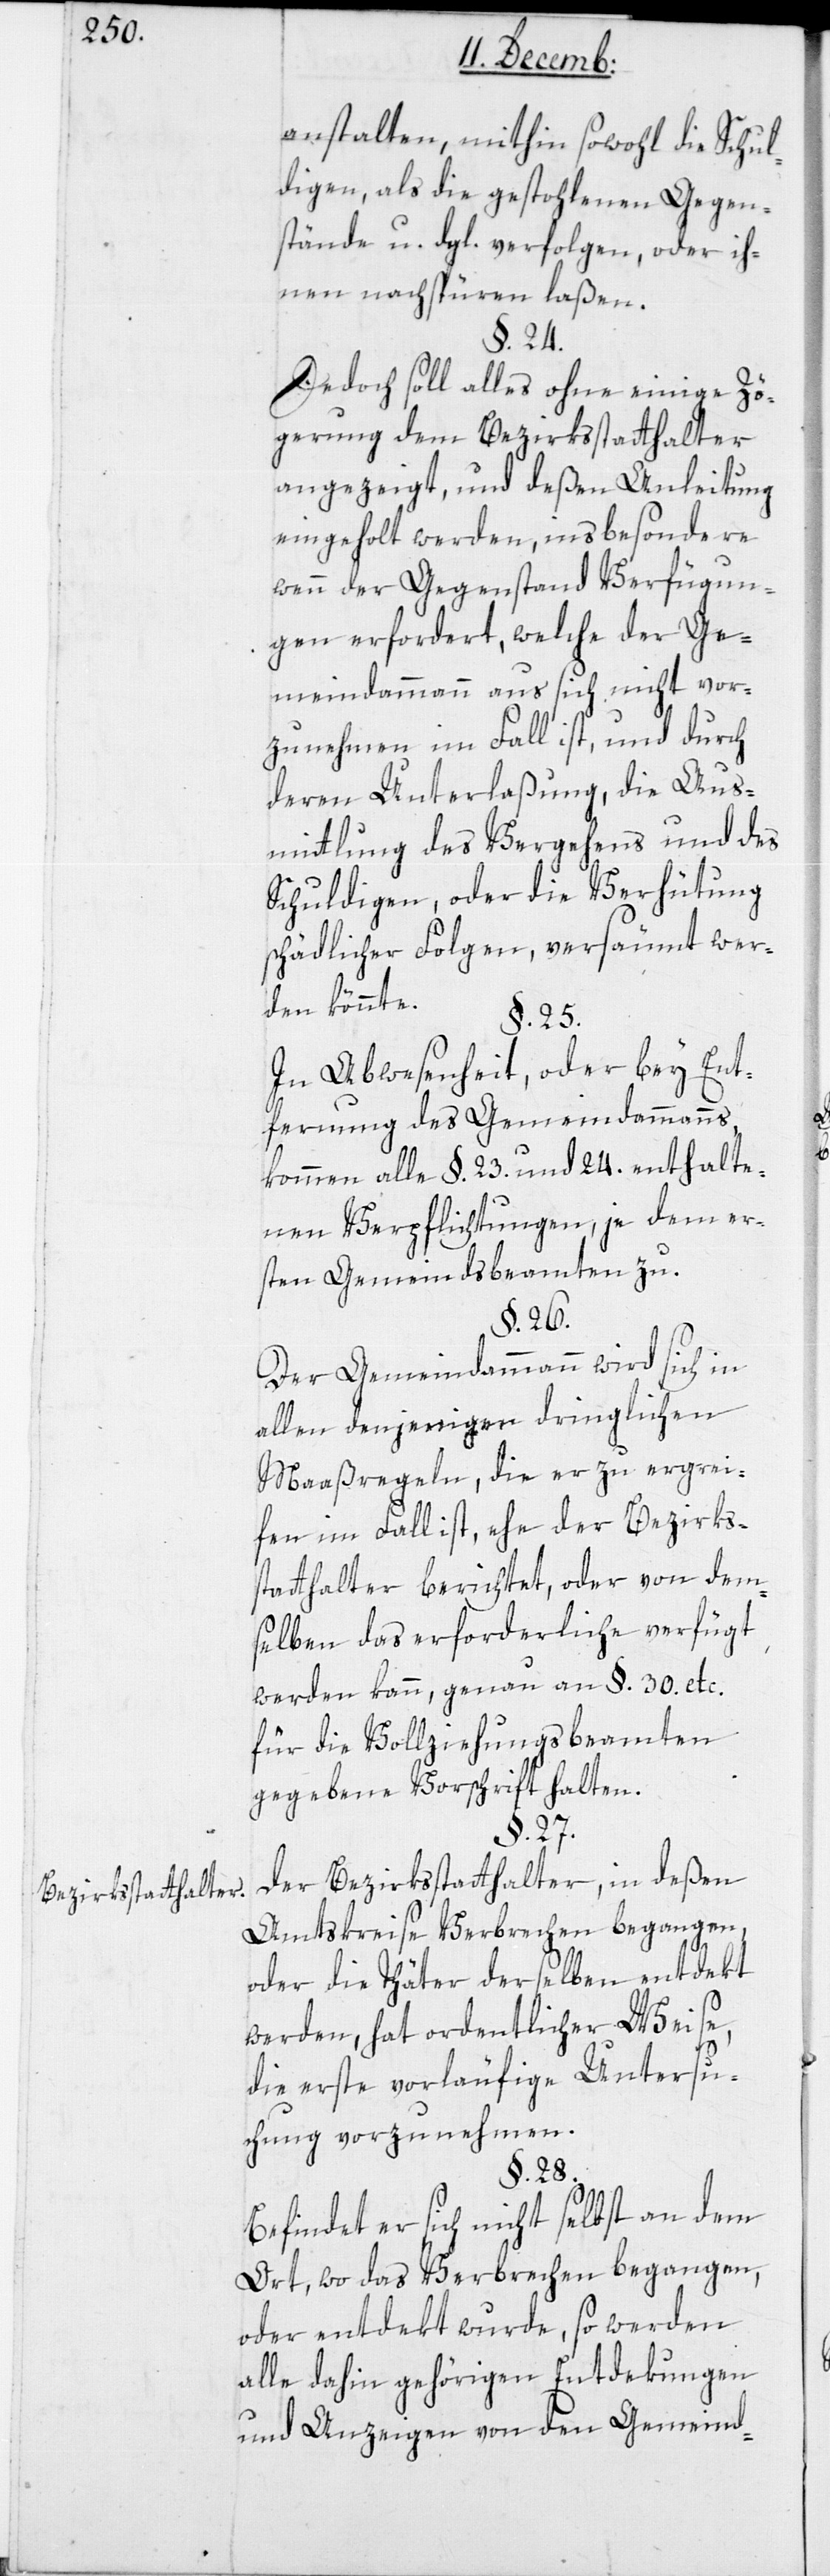
Bezirksstatthalter.

anstalten, mithin sowohl die Schul¬
digen, als die gestohlenen Gegen¬
stände u. dgl. verfolgen, oder ih¬
nen nachspüren laßen.
§. 24.
Jedoch soll alles ohne einige Zö¬
gerung dem Bezirksstatthalter
angezeigt, und deßen Anleitung
eingeholt werden, insbesondere
wenn der Gegenstand Verfügun¬
gen erfordert, welche der Ge¬
meindammann aus sich nicht vor¬
zunehmen im Fall ist, und durch
deren Unterlaßung, die Aus¬
mittlung des Vergehens und des
Schuldigen, oder die Verhütung
schädlicher Folgen, versäumt wer¬
den könnte.
§. 25.
In Abwesenheit oder bey Ent¬
fernung des Gemeindammanns,
kommen alle §. 23. und 24. enthalte¬
nen Verpflichtungen, je dem er¬
sten Gemeindsbeamten zu.
§. 26.
Der Gemeindammann wird sich in
allen denjenigen dringlichen
Maaßregeln, die er zu ergrei¬
fen im Fall ist, ehe der Bezirks¬
statthalter berichtet oder von dem¬
selben das Erforderliche verfügt
werden kann, genau an §. 30. etc.
für die Vollziehungsbeamten
gegebene Vorschrift halten.
§. 27.
Der Bezirksstatthalter, in deßen
Amtskreise Verbrechen begangen
oder die Täter derselben entdekt
werden, hat ordentlicher Weise,
die erste vorläufige Untersu¬
chung vorzunehmen.
§. 28.
Befindet er sich nicht selbst an dem
Ort, wo das Verbrechen begangen
oder entdekt wurde, so werden
alle dahin gehörigen Entdekungen
und Anzeigen von den Gemeind-